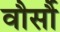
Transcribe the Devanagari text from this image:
वौर्सौ